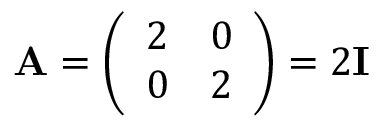
\mathbf { A } = { \left( \begin{array} { l l } { 2 } & { 0 } \\ { 0 } & { 2 } \end{array} \right) } = 2 \mathbf { I }